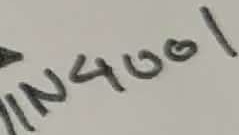
Text: IN4001